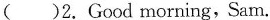
()2.Good morning,Sam.